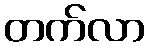
တက်လာ